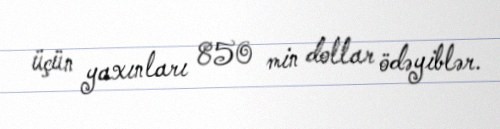
üçün yaxınları 850 min dollar ödəyiblər.